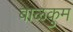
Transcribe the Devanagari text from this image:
बाळकुम